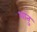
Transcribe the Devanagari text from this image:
शांतु